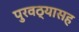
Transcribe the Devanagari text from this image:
पुरवठ्यासह